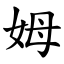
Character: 姆